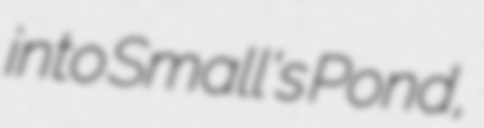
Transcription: into Small's Pond,